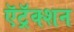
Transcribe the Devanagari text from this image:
ऍट्रॅक्शन